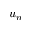
u _ { n }